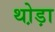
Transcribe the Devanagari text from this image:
थो़ड़ा